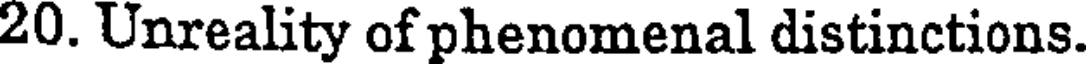
20. Unreality of phenomenal distinctions.